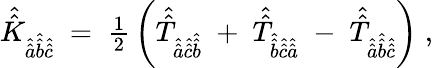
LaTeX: \hat{\hat{K}}_{\hat{\hat{a}}\hat{\hat{b}}\hat{\hat{c}}}\; =\; {\textstyle\frac{1}{2}}\left(\hat{\hat{T}}_{\hat{\hat{a}}\hat{\hat{c}}\hat{\hat{b}}}\; +\; \hat{\hat{T}}_{\hat{\hat{b}}\hat{\hat{c}}\hat{\hat{a}}}\; -\; \hat{\hat{T}}_{\hat{\hat{a}}\hat{\hat{b}}\hat{\hat{c}}}\right)\; ,